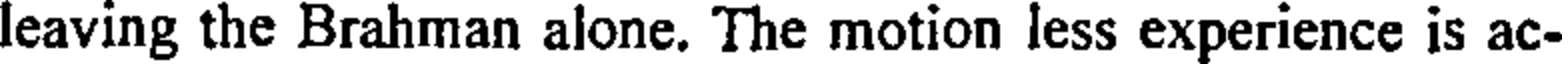
leaving the Brahman alone. The motion less experience is ac-